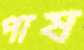
পাষ